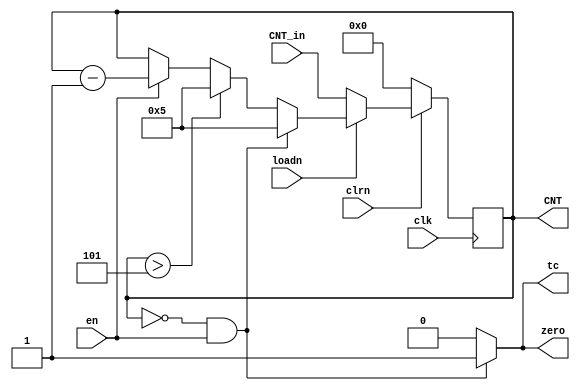
module counterMod6 (
    input wire [3:0] CNT_in,
    input wire loadn, clrn, clk, en,
    output reg [3:0] CNT, 
    output reg tc, zero
);

always @(posedge clk) begin
        if(clrn == 0) CNT <= 0;
        else if(loadn == 0) CNT <= CNT_in; 
        else if (CNT == 0 && en == 1) CNT <= 5;
        else if (CNT > 5) CNT <= 5;
        else if(en == 1) CNT <= CNT - 1;
        else CNT <= CNT;

end
always @(CNT or en) begin
    if((en == 1) && (CNT == 4'b0000)) begin
        tc <= 1; 
        zero <= 1;
    end
    else begin
        tc <= 0;
        zero <= 0;
    end
end

endmodule